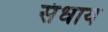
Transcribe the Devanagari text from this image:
संधाय